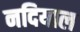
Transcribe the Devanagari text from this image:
नदियाल